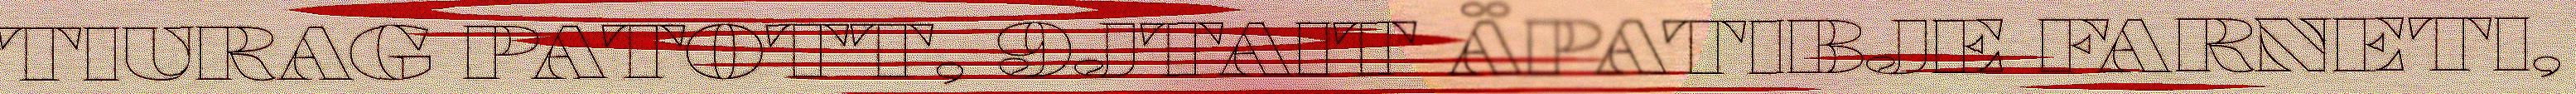
TIURAG PATOTT, 9JTAIT ÄPATIBJE FARNETI,